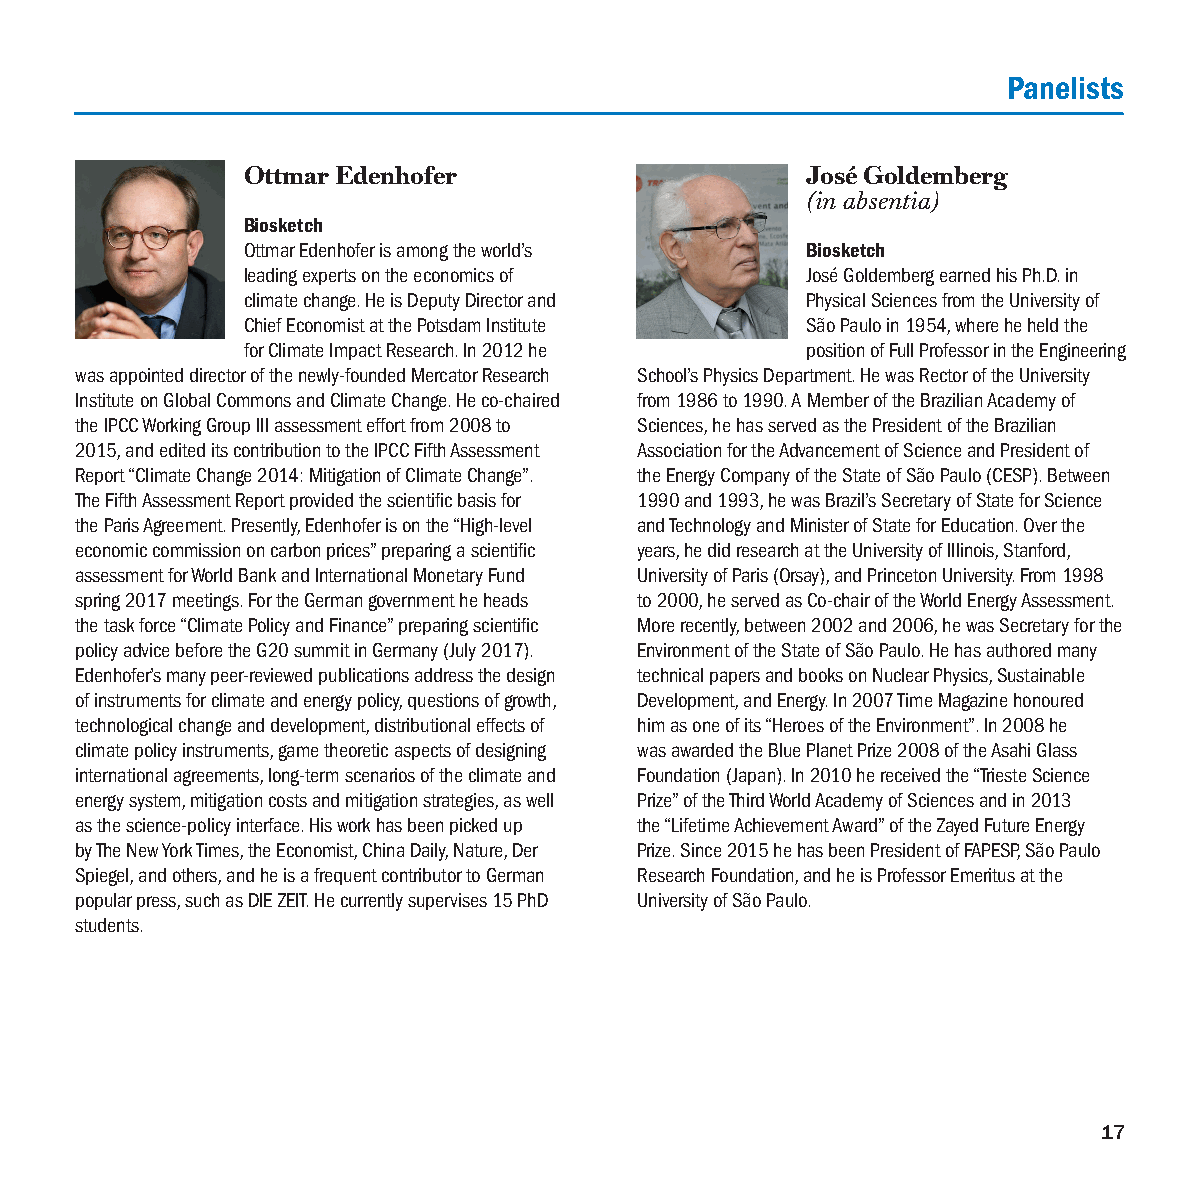
Panelists
 Ottmar Edenhofer                     José Goldemberg
 (in absentia)
 Biosketch
 Ottmar Edenhofer is among the world’s Biosketch
 leading experts on the economics of  José Goldemberg earned his Ph.D. in
 climate change. He is Deputy Director and Physical Sciences from the University of
 Chief Economist at the Potsdam Institute São Paulo in 1954, where he held the
 for Climate Impact Research. In 2012 he position of Full Professor in the Engineering
 was appointed director of the newly-founded Mercator Research School’s Physics Department. He was Rector of the University
 Institute on Global Commons and Climate Change. He co-chaired from 1986 to 1990. A Member of the Brazilian Academy of
 the IPCC Working Group III assessment effort from 2008 to Sciences, he has served as the President of the Brazilian
 2015, and edited its contribution to the IPCC Fifth Assessment Association for the Advancement of Science and President of
 Report “Climate Change 2014: Mitigation of Climate Change”. the Energy Company of the State of São Paulo (CESP). Between
 The Fifth Assessment Report provided the scientific basis for 1990 and 1993, he was Brazil’s Secretary of State for Science
 the Paris Agreement. Presently, Edenhofer is on the “High-level and Technology and Minister of State for Education. Over the
 economic commission on carbon prices” preparing a scientific years, he did research at the University of Illinois, Stanford,
 assessment for World Bank and International Monetary Fund University of Paris (Orsay), and Princeton University. From 1998
 spring 2017 meetings. For the German government he heads to 2000, he served as Co-chair of the World Energy Assessment.
 the task force “Climate Policy and Finance” preparing scientific More recently, between 2002 and 2006, he was Secretary for the
 policy advice before the G20 summit in Germany (July 2017). Environment of the State of São Paulo. He has authored many
 Edenhofer’s many peer-reviewed publications address the design technical papers and books on Nuclear Physics, Sustainable
 of instruments for climate and energy policy, questions of growth, Development, and Energy. In 2007 Time Magazine honoured
 technological change and development, distributional effects of him as one of its “Heroes of the Environment”. In 2008 he
 climate policy instruments, game theoretic aspects of designing was awarded the Blue Planet Prize 2008 of the Asahi Glass
 international agreements, long-term scenarios of the climate and Foundation (Japan). In 2010 he received the “Trieste Science
 energy system, mitigation costs and mitigation strategies, as well Prize” of the Third World Academy of Sciences and in 2013
 as the science-policy interface. His work has been picked up the “Lifetime Achievement Award” of the Zayed Future Energy
 by The New York Times, the Economist, China Daily, Nature, Der Prize. Since 2015 he has been President of FAPESP, São Paulo
 Spiegel, and others, and he is a frequent contributor to German Research Foundation, and he is Professor Emeritus at the
 popular press, such as DIE ZEIT. He currently supervises 15 PhD University of São Paulo.
 students.
 17